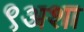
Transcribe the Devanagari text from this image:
९अशा